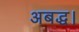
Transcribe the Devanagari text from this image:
अबद्ध।